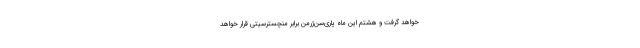
خواهد گرفت و هشتم این ماه پاری‌سن‌ژرمن برابر منچسترسیتی قرار خواهد